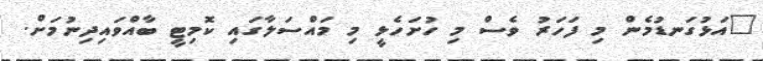
"އަޅުގަނޑުމެން މި ފަހަރު ވެސް މި ހުށަހެޅީ މި މައްސަލާގައި ކޮމިޓީ ބާއްވައިދިނުމަށް.